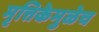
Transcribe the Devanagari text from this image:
मृत्तिकेमुळेच